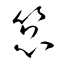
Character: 箟